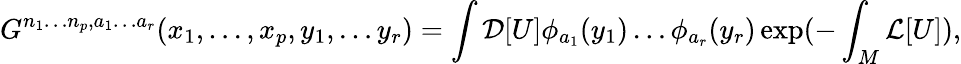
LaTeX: G^{n_{1}\ldots n_{p},a_{1}\ldots a_{r}}(x_{1},\ldots,x_{p},y_{1},\ldots y_{r})=\int{\cal D}[U]\phi_{a_{1}}(y_{1})\ldots\phi_{a_{r}}(y_{r})\exp(-\int_{M}{\cal L}[U]),